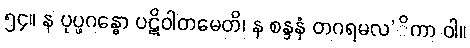
၅၄။ န ပုပ္ဖဂန္ဓော ပဋိဝါတမေတိ၊ န စန္ဒနံ တဂရမလ’ိကာ ဝါ။